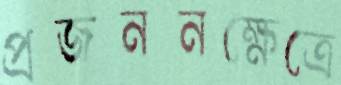
প্রজননক্ষেত্রে